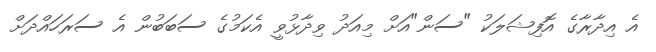
އެ އިދާރާގެ އޮފިޝަލަކު "ސަން"އަށް މިއަދު ވިދާޅުވީ އެކަމުގެ ސަބަބުން އެ ސަރަހައްދަށް